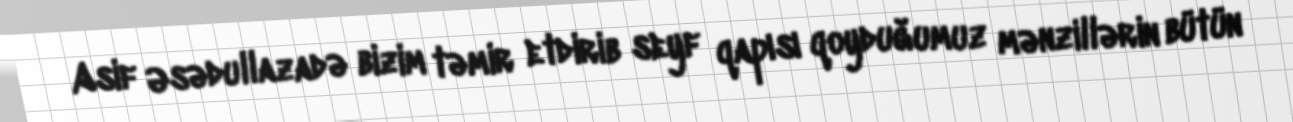
Asif Əsədullazadə bizim təmir etdirib seyf qapısı qoyduğumuz mənzillərin bütün